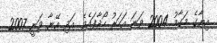
އިޔާގެ މަގާމު 2004 ވަނަ އަހަރު ހޯދާފައެވެ. އަދި އޭނާ ވަނީ 2007